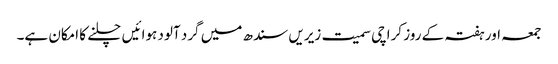
جمعہ اور ہفتہ کے روز کراچی سمیت زیریں سندھ میں گرد آلود ہوائیں چلنے کا امکان ہے۔